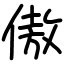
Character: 傲